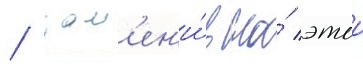
/ зам'ен'и́в на́ этои